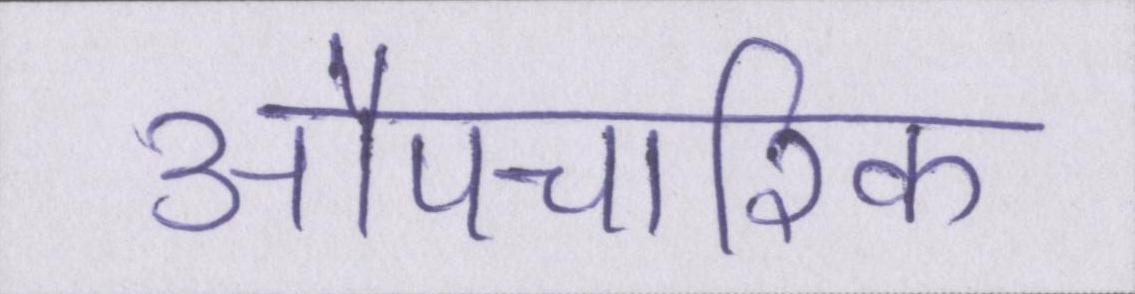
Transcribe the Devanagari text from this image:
औपचारिक